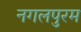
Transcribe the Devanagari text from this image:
नगलपुरम